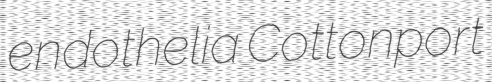
endothelia Cottonport